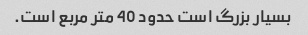
بسیار بزرگ است حدود 40 متر مربع است.